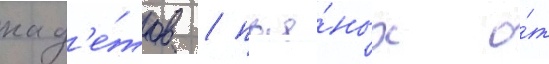
кад'е́тов / пья́ных о́т